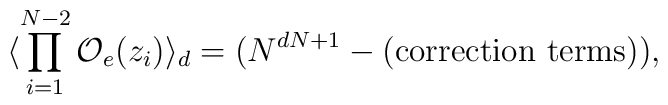
\langle \prod_{i=1}^{N-2}{\cal O}_{e}(z_{i})\rangle_{d} = (N^{dN+1}-           (\mbox{correction terms})),